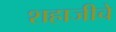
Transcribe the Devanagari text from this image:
शहाजीचे